Report on malaria in the Punjab during the year ...  together with an account of the work of the Punjab Malaria Bureau - Volume 5
Disease focus: Malaria
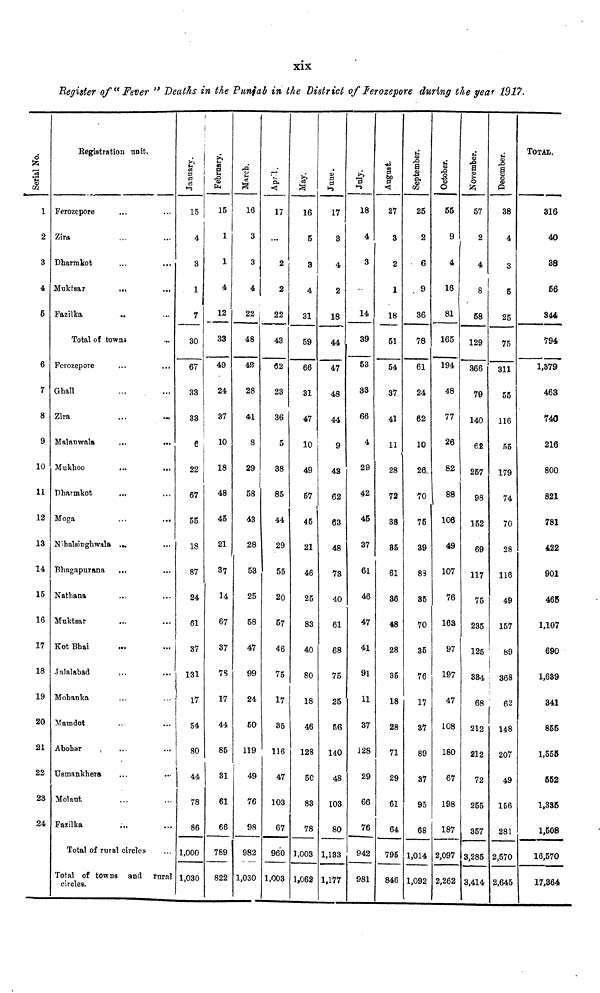
Begister of" Fever » Deaths in the Punjab in the District of lerozepore during the yea? 1917.
serial No.
1
2
3
4
5
6
7
8
9
10
11
12
13
14
IE
ie
V
l
l
2
2
2
Kegistmtion unit.
Ferozepore
Zir*
Dharmkot
Muktsar
..•
FazMca
••
Total of towns
Perozepore
Ghall
Ziva
Malanwala
Mukhoo
PharnVkot
Moga
•••
•••
Nibalsinglvwala .„
"Rhagapurana
...
Nathana
> Muktsar
1 KotBhai
3 Jalalabad
9 Mobanka
0 Mamdot
1 Abohar
,
•••
2 Usmankhera
23 Molaut
24 Fazilka
Total of rural circles
Total of towns and rnr
circles.
January.
15 j
i
4
3
1
7
30
67
33
33
6
22
67
55
18
87
24
81
37
131
17
54
80
I
4,4
11
81
• • 1,OQ<
aT 1,03
February.
15
1
1
4
12
33
49
24
37
10
18
48
45
21
37
14
67
37
7S
17
44
8E
3]
1
6
*
6
}
78
0
82
March.
16
3
3
4
22 j
48
40
28
41
8
29
i
1
58
43
28
53
25
58
47
99
24
BO
119
L
49
1
76
6
98
9
982
2 1,030
<J
17
»
2
2
22
43
62
23
36
5
38
85
44
29
55
20
57
46
75
17
35
IK
4
10
6
96
1,00
May.
16
5
3
4
31
59
66
31
47
!
10
49
57
45
21
46
25
83
40
80
18
46
5 12?
7
5
3
8
7
7
0 1,00
3 1,06
June.
17
3
4
2
18
44
47
48
44
9
43
62
63
48
73
40
61
68
75
25
56
i 14C
3
4?
3
10
8
8
3 1,13
2 1,17
July.
1
18
4
3
14
39
53
33
66
4
29
42
45
37
61
46
47
41
91
;
n
37
j
12J
3
6
J
7
3
94
7
98
August.
1
27
3
2
1
18
51
54
37
41
11
28
72
38
85
61
36
48
28
35
18
28
*
71
>
21
3
6"
6
6
2
79
1
84
September
25
2
6
9
36
78
61
24
62
10
26,
70
75
39
83
35
70
35
76
17
37
8£
)
3'
L
9
4
6
5 1,01
6 1,09
j October.
55
9
4
16
81
165
194
48
77
26
82
88
106
49
107
76
163
97
197
47
108
) 18C
7
6'
5 191
8
18
4 2,09
2 2,26
j Novembe
57
2
4
8
58
129
366
79
140
62
257
98
152
69
117
75
235
125
384
68
212
> ais
r
7i
1
25
7
35
7 3,28
2 3,41
Decembei
1
38
4
3
5
25
75
311
55
116
55
179
74
70
28
116
49
157
; 89
i
368
' 62
148
S 207
I
4£
7
28
5 2,57
4 2,64
TOTA1.
316
40
38
56
344
794
1,379
463
740
216
800
821
781
422
901
465
1,107
690
1,689
341
855
1,555
652
1,335
1,508
0
16,570
5
17,364